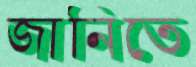
জানিতে